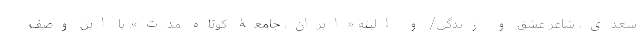
سعدی، شاعر عشق و زندگی/ و البته «ایران، جامعۀ کوتاه مدت». با این وصف